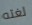
لغته